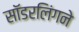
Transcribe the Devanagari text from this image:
सॉडरलिंगने